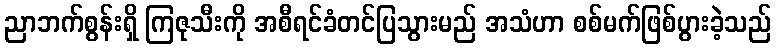
ညာဘက်စွန်းရှိ ကြဇုသီးကို အစီရင်ခံတင်ပြသွားမည် အသံဟာ စစ်မက်ဖြစ်ပွားခဲ့သည်